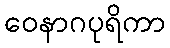
ဝေနာဂပုရိကာ